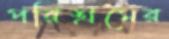
পরিশ্রমের